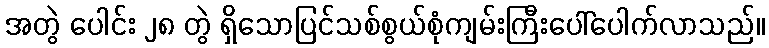
အတွဲ ပေါင်း ၂၈ တွဲ ရှိသောပြင်သစ်စွယ်စုံကျမ်းကြီးပေါ်ပေါက်လာသည်။